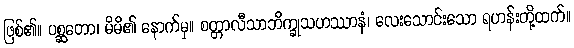
ဖြစ်၏။ ပစ္ဆတော၊ မိမိ၏ နောက်မှ။ စတ္တာလီသာဘိက္ခုသဟဿာနံ၊ လေးသောင်းသော ရဟန်းတို့ထက်။